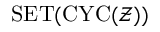
\operatorname { S E T } ( \operatorname { C Y C } ( { \mathcal { Z } } ) )